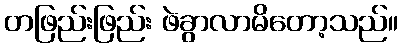
တဖြည်းဖြည်း ဖဲခွာလာမိတော့သည်။